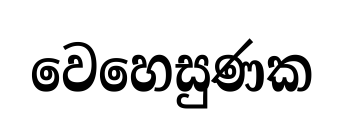
වෙහෙසුණක